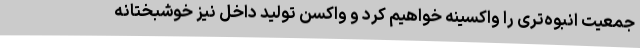
جمعیت انبوه‌تری را واکسینه خواهیم کرد و واکسن تولید داخل نیز خوشبختانه